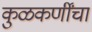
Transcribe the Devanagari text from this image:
कुळकर्णींचा